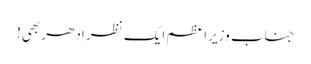
جناب وزیراعظم ایک نظر ادھر بھی!